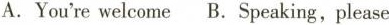
A. You're welcome B. Speaking,please